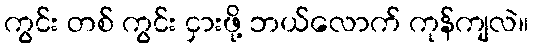
ကွင်း တစ် ကွင်း ငှားဖို့ ဘယ်လောက် ကုန်ကျလဲ။